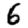
Digit: 6